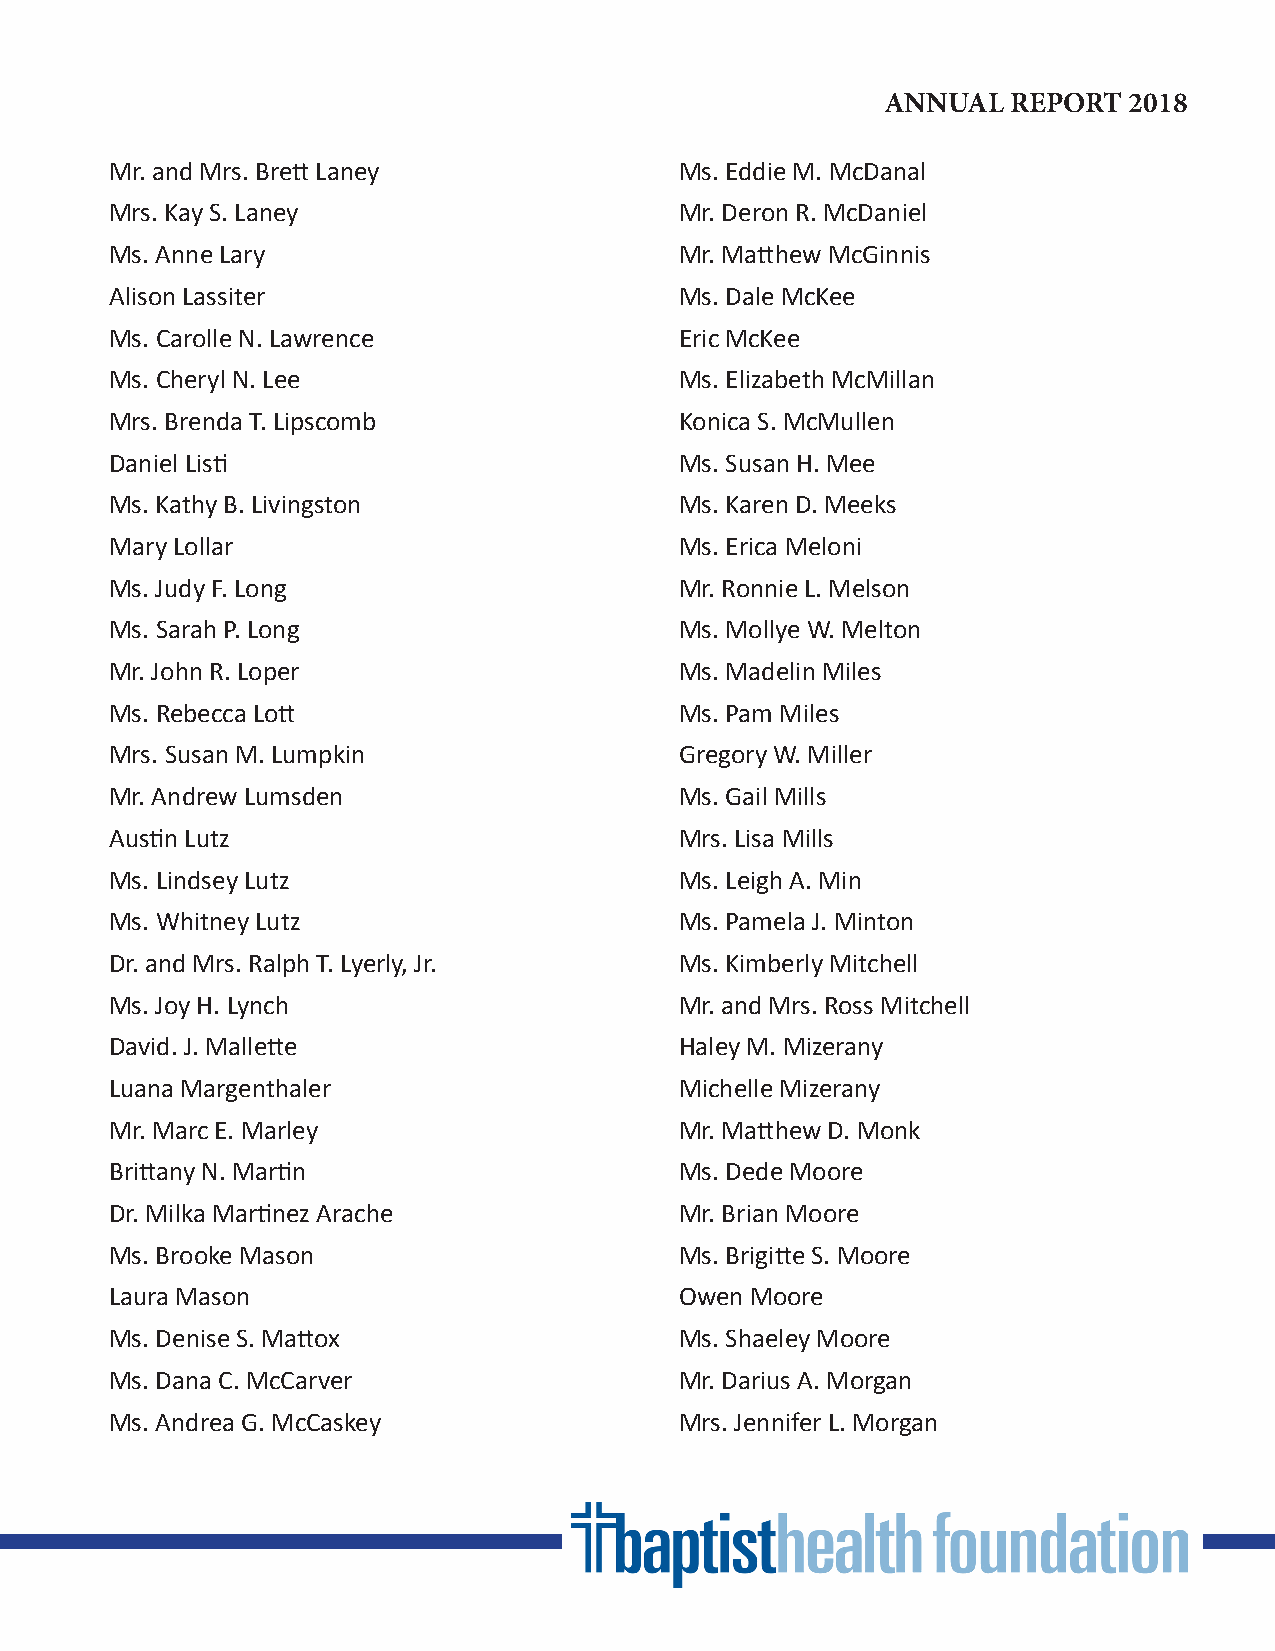
ANNUAL  REPORT  2018
 Mr. and Mrs. Brett Laney              Ms. Eddie M. McDanal
 Mrs. Kay S. Laney                     Mr. Deron R. McDaniel
 Ms. Anne Lary                         Mr. Matthew McGinnis
 Alison Lassiter                       Ms. Dale McKee
 Ms. Carolle N. Lawrence               Eric McKee
 Ms. Cheryl N. Lee                     Ms. Elizabeth McMillan
 Mrs. Brenda T. Lipscomb               Konica S. McMullen
 Daniel Listi                          Ms. Susan H. Mee
 Ms. Kathy B. Livingston               Ms. Karen D. Meeks
 Mary Lollar                           Ms. Erica Meloni
 Ms. Judy F. Long                      Mr. Ronnie L. Melson
 Ms. Sarah P. Long                     Ms. Mollye W. Melton
 Mr. John R. Loper                     Ms. Madelin Miles
 Ms. Rebecca Lott                      Ms. Pam Miles
 Mrs. Susan M. Lumpkin                 Gregory W. Miller
 Mr. Andrew Lumsden                    Ms. Gail Mills
 Austin Lutz                           Mrs. Lisa Mills
 Ms. Lindsey Lutz                      Ms. Leigh A. Min
 Ms. Whitney Lutz                      Ms. Pamela J. Minton
 Dr. and Mrs. Ralph T. Lyerly, Jr.     Ms. Kimberly Mitchell
 Ms. Joy H. Lynch                      Mr. and Mrs. Ross Mitchell
 David. J. Mallette                    Haley M. Mizerany
 Luana Margenthaler                    Michelle Mizerany
 Mr. Marc E. Marley                    Mr. Matthew D. Monk
 Brittany N. Martin                    Ms. Dede Moore
 Dr. Milka Martinez Arache             Mr. Brian Moore
 Ms. Brooke Mason                      Ms. Brigitte S. Moore
 Laura Mason                           Owen Moore
 Ms. Denise S. Mattox                  Ms. Shaeley Moore
 Ms. Dana C. McCarver                  Mr. Darius A. Morgan
 Ms. Andrea G. McCaskey                Mrs. Jennifer L. Morgan